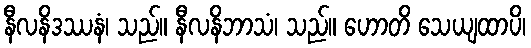
နီလနိဒဿနံ၊ သည်။ နီလနိဘာသံ၊ သည်။ ဟောတိ သေယျထာပိ၊